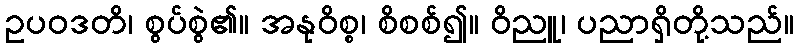
ဥပဝဒတိ၊ စွပ်စွဲ၏။ အနုဝိစ္စ၊ စိစစ်၍။ ဝိညူ၊ ပညာရှိတို့သည်။